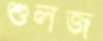
শুলজ